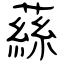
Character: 蕬